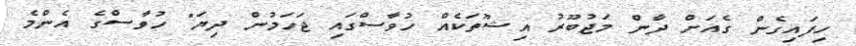
ހިފައިގެން ގެއަށް ދާން މަޖުބޫރު އިޝޫތަކެއް ހުވާސްގައި ޖަހަމުން ދިޔަ" ހުވާސްގެ އެންމެ